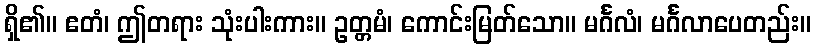
ရှိ၏။ ဧတံ၊ ဤတရား သုံးပါးကား။ ဥတ္တမံ၊ ကောင်းမြတ်သော။ မင်္ဂလံ၊ မင်္ဂလာပေတည်း။